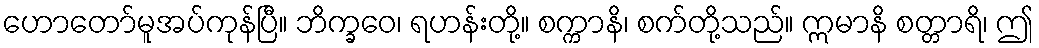
ဟောတော်မူအပ်ကုန်ပြီ။ ဘိက္ခဝေ၊ ရဟန်းတို့။ စက္ကာနိ၊ စက်တို့သည်။ ဣမာနိ စတ္တာရိ၊ ဤ